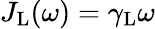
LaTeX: J_{\mathrm{L}}(\omega)=\gamma_{\mathrm{L}}\omega